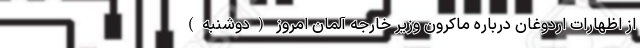
از اظهارات اردوغان درباره ماکرون وزیر خارجه آلمان امروز (دوشنبه)